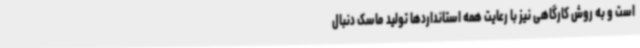
است و به روش کارگاهی نیز با رعایت همه استانداردها تولید ماسک دنبال